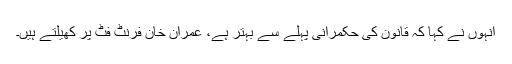
انہوں نے کہا کہ قانون کی حکمرانی پہلے سے بہتر ہے، عمران خان فرنٹ فٹ پر کھیلتے ہیں۔